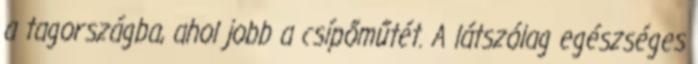
a tagországba, ahol jobb a csípőműtét. A látszólag egészséges